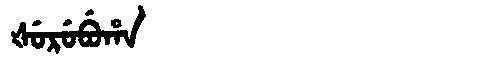
Manchu: ᡧᡠᡵᡠᠪᡠᡥᠠ
Romanization: ŠURUBUHA